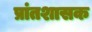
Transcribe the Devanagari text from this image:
प्रांतशासक